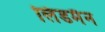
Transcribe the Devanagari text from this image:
लिंडमैन